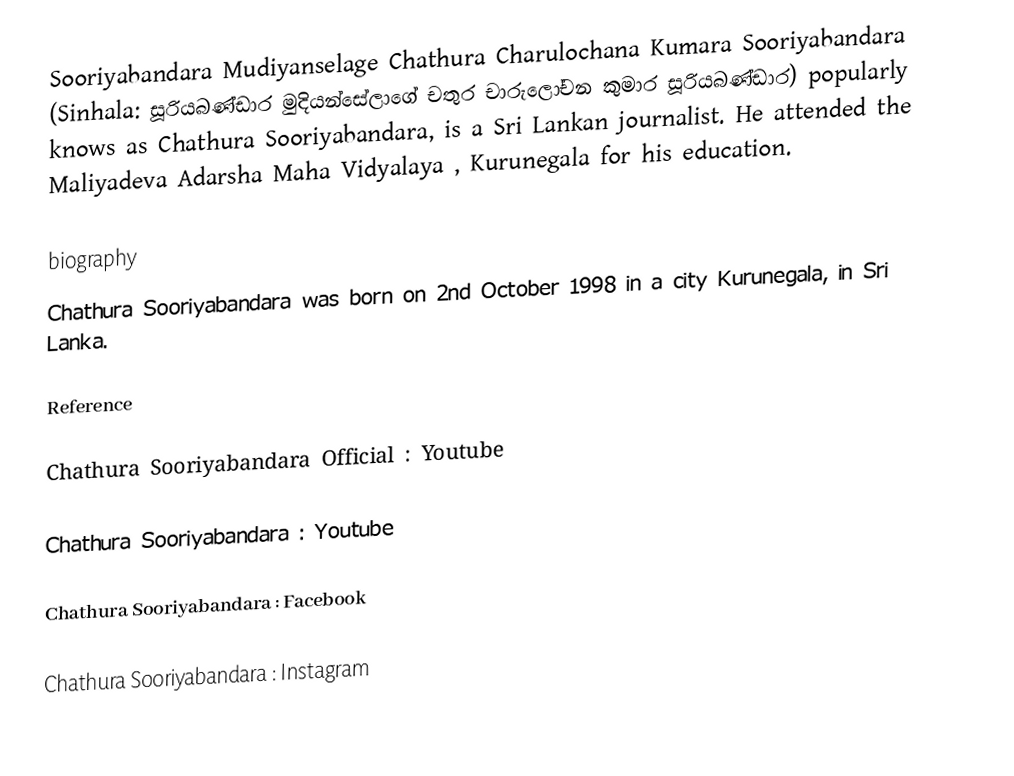
Sooriyabandara Mudiyanselage Chathura Charulochana Kumara Sooriyabandara (Sinhala: සූරියබණ්ඩාර මුදියන්සේලාගේ චතුර චාරුලෝචන කුමාර සූරියබණ්ඩාර)  popularly knows as Chathura Sooriyabandara, is a Sri Lankan journalist. He attended the Maliyadeva Adarsha Maha Vidyalaya , Kurunegala for his education.

biography
Chathura Sooriyabandara was born on 2nd October 1998 in a city Kurunegala, in Sri Lanka.

Reference

Chathura Sooriyabandara Official : Youtube

Chathura Sooriyabandara : Youtube

Chathura Sooriyabandara : Facebook

Chathura Sooriyabandara : Instagram